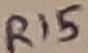
Text: R15